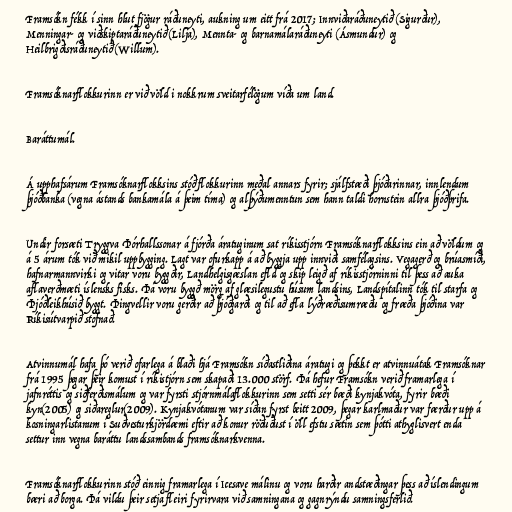
Framsókn fékk í sinn hlut fjögur ráðuneyti, aukning um eitt frá 2017; Innviðaráðuneytið (Sigurður),
Menningar- og viðskiptaráðuneytið (Lilja), Mennta- og barnamálaráðuneyti (Ásmundur) og
Heilbrigðisráðuneytið (Willum).

Framsóknarflokkurinn er við völd i nokkrum sveitarfélögum víða um land.

Baráttumál.

Á upphafsárum Framsóknarflokksins stóð flokkurinn meðal annars fyrir; sjálfstæði þjóðarinnar, innlendum
þjóðbanka (vegna ástands bankamála á þeim tíma) og alþýðumenntun sem hann taldi hornstein allra þjóðþrifa.

Undir forsæti Tryggva Þórhallssonar á fjórða áratuginum sat ríkisstjórn Framsóknarflokksins ein að völdum og
á 5 árum tók við mikil uppbygging. Lagt var ofurkapp á að byggja upp innviði samfélagsins. Vegagerð og brúasmíði,
hafnarmannvirki og vitar voru byggðir, Landhelgisgæslan efld og skip leigð af ríkisstjórninni til þess að auka
aflaverðmæti íslensks fisks. Þá voru byggð mörg af glæsilegustu húsum landsins, Landspítalinn tók til starfa og
Þjóðleikhúsið byggt. Þingvellir voru gerðir að þjóðgarði og til að efla lýðræðisumræðu og fræða þjóðina var
Ríkisútvarpið stofnað.

Atvinnumál hafa þó verið ofarlega á blaði hjá Framsókn síðastliðina áratugi og þekkt er atvinnuátak Framsóknar
frá 1995 þegar þeir komust í ríkistjórn sem skapaði 13.000 störf. Þá hefur Framsókn verið framarlega í
jafnréttis og siðferðismálum og var fyrsti stjórnmálaflokkurinn sem setti sér bæði kynjakvóta, fyrir bæði
kyn(2005) og siðareglur(2009). Kynjakvótanum var síðan fyrst beitt 2009, þegar karlmaður var færður upp á
kosningarlistanum í Suðvesturkjördæmi eftir að konur röðuðust í öll efstu sætin sem þótti athyglisvert enda
settur inn vegna baráttu landssambands framsóknarkvenna.

Framsóknarflokkurinn stóð einnig framarlega í Icesave málinu og voru harðir andstæðingar þess að íslendingum
bæri að borga. Þá vildu þeir setja fleiri fyrirvara við samningana og gagnrýndu samningsferlið.